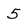
Character: 5